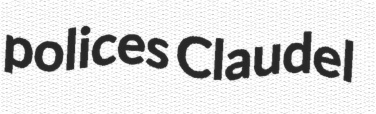
polices Claudel